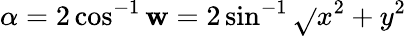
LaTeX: \alpha=2\cos^{-1}\mathbf{w}=2\sin^{-1}{\sqrt{}{{x^{2}+y^{2}}}}